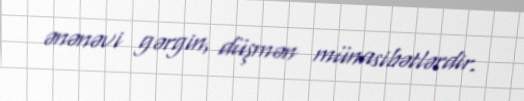
ənənəvi gərgin, düşmən münasibətlərdir.